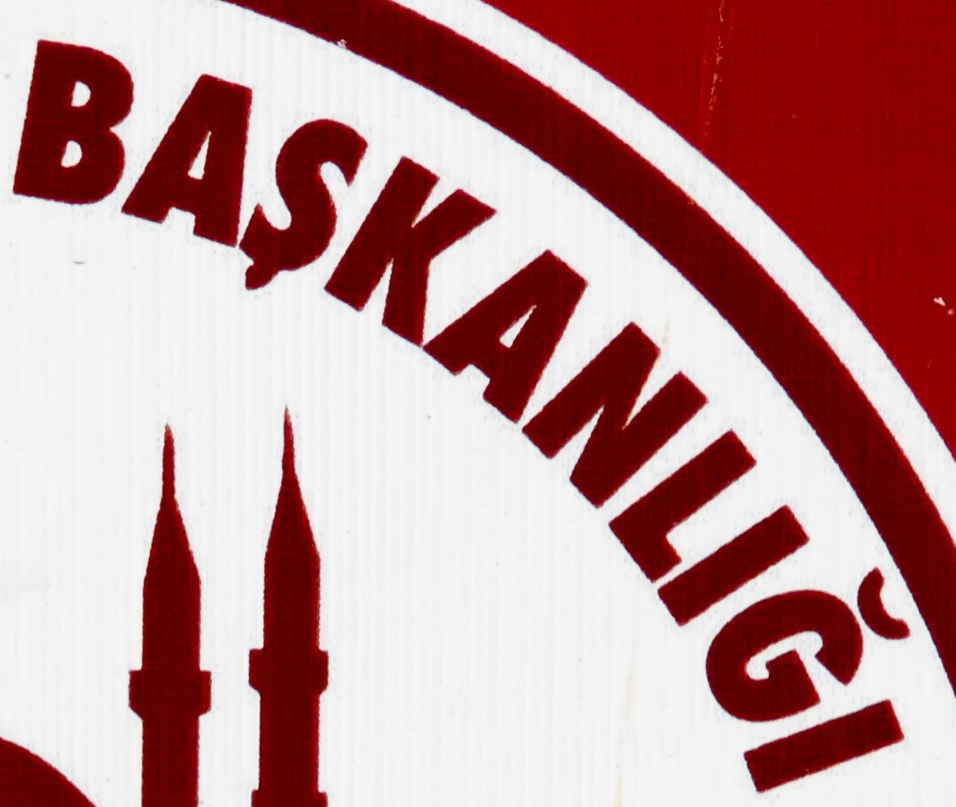
BASKANLIGI